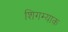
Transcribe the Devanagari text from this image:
शिगम्याक